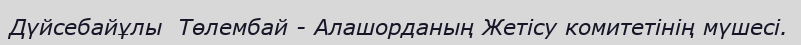
Дүйсебайұлы  Төлембай - Алашорданың Жетісу комитетінің мүшесі.